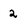
Character: 2